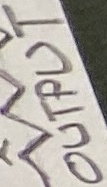
Text: OUTPUT